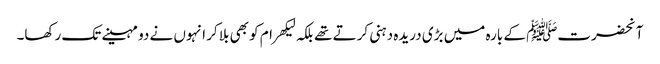
آنحضرتﷺ کے بارہ میں بڑی دریدہ دہنی کرتے تھے بلکہ لیکھرام کو بھی بلا کر انہوں نے دو مہینے تک رکھا۔